Vaccine operations Central Provinces & Berar 1922-1929 - 1922-1929
Year: 1922
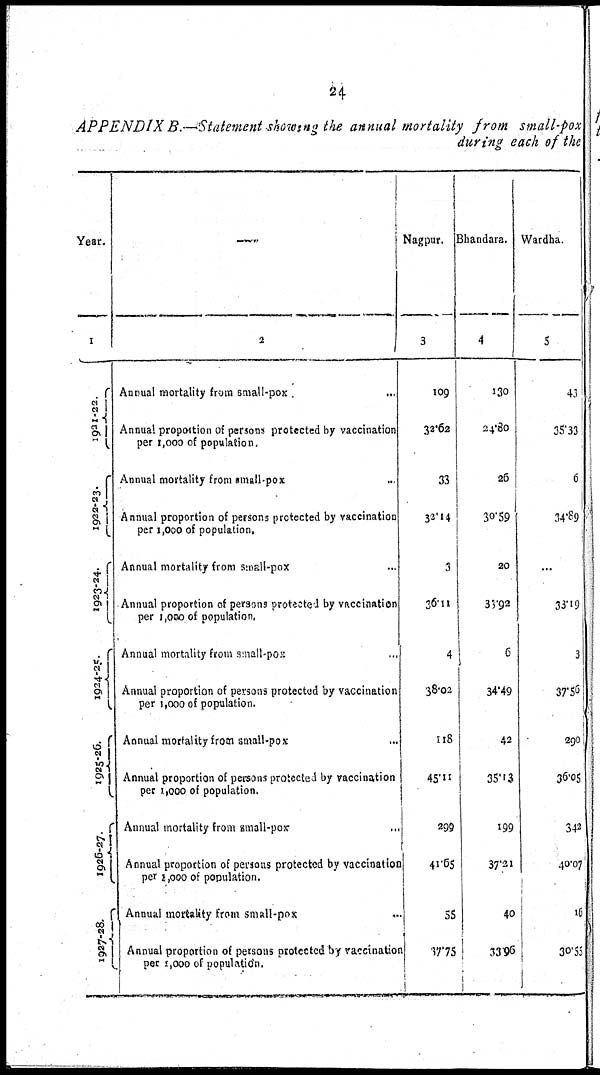
24
APPENDIX B.—Statement showing the annual mortality from small-pox
during each of the
Year.
1
1921-22.
1922-23.
1923-24.
1924-25.
1925-26.
1926-27.
1927-28.
—
2
Annual mortality from small-pox . ...
Annual proportion of persons protected by vaccination
per 1,000 of population.
Annual mortality from small-pox ...
Annual proportion of persons protected by vaccination
per 1,000 of population.
Annual mortality from small-pox ...
Annual proportion of persons protected by vaccination
per 1,000 of population.
Annual mortality from small-pox ...
Annual proportion of persons protected by vaccination
per 1,000 of population.
Annual mortality from small-pox ...
Annual proportion of persons protected by vaccination
per 1,000 of population.
Annual mortality from small-pox ...
Annual proportion of persons protected by vaccination
per 1,000 of population.
Annual mortality from small-pox ...
Annual proportion of persons protected by vaccination
per 1,000 of population.
Nagpur.
3
109
32.62
33
32.14
3
36.11
4
38.02
118
45.11
299
41.65
55
37.75
Bhandara.
4
130
24.80
26
30.59
20
33.92
6
34.49
42
35.13
199
37.21
40
33.96
Wardha.
5
43
35.33
6
34.89
...
33.19
3
37.56
290
36.05
342
40.07
16
30.55